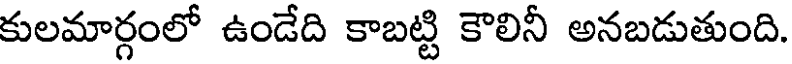
కులమార్గంలో ఉండేది కాబట్టి కౌలినీ అనబడుతుంది.